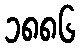
၁၈၈၆